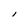
Character: 1